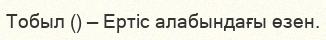
Тобыл () — Ертіс алабындағы өзен.